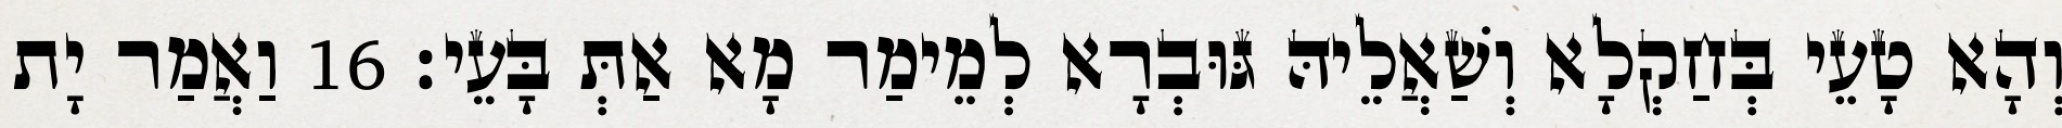
וְהָא טָעֵי בְּחַקְלָא וְשַׁאֲלֵיהּ גּוּבְרָא לְמֵימַר מָא אַתְּ בָּעֵי׃ 16 וַאֲמַר יָת